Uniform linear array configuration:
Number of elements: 4
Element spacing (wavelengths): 0.5
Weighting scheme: binomial
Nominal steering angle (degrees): -15
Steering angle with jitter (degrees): -16.408
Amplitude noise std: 0.05
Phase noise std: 0.05

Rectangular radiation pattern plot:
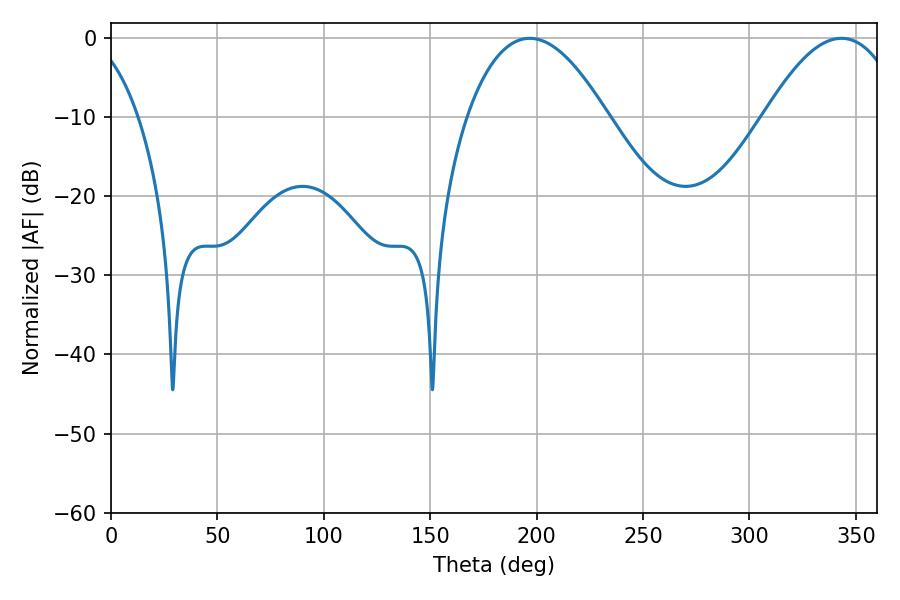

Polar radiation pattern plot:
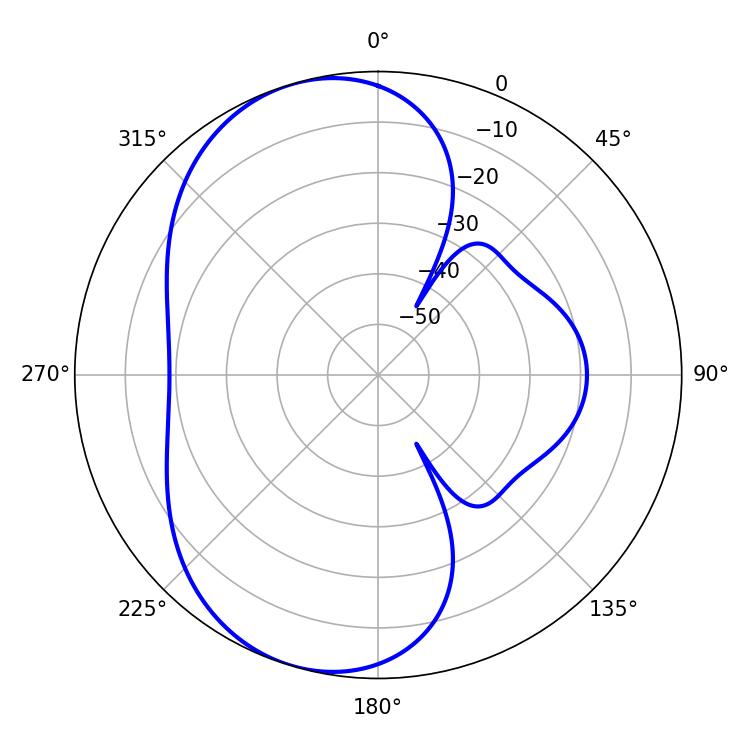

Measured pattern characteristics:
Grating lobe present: FALSE
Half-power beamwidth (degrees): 36.36
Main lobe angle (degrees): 196.74